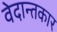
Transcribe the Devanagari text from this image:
वेदान्तकार